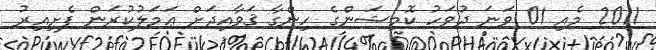
2011 މެއި 01 ވަނަ ދުވަހު ކޮމިޝަންގެ ހިންގާ ޤަވާއިދަށް ޢަމަލުކުރަން ފެށިއިރު